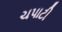
ચપાટી